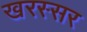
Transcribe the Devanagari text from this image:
खरस्सर